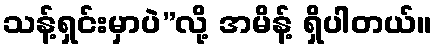
သန့်ရှင်းမှာပဲ”လို့ အမိန့် ရှိပါတယ်။